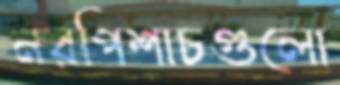
নরপিশাচগুলো